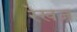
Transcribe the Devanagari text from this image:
रेखज